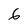
Character: 6